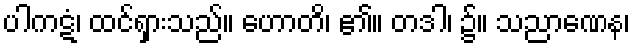
ပါကဋံ၊ ထင်ရှားသည်။ ဟောတိ၊ ၏။ တဒါ၊ ၌။ သညာဏေန၊